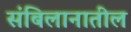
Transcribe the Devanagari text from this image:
संबिलानातील